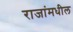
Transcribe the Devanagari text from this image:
राजांमधील